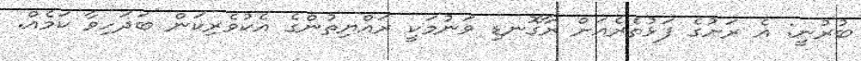
ބުރުނީ: އެ ރަށުގެ ފަޅުތެރެއަށް ރާގޮނޑި ވަނުމަކީ ރައްޔިތުންގެ އެކުވެރިކަން ބަދަހިވާ ކަމެއް.